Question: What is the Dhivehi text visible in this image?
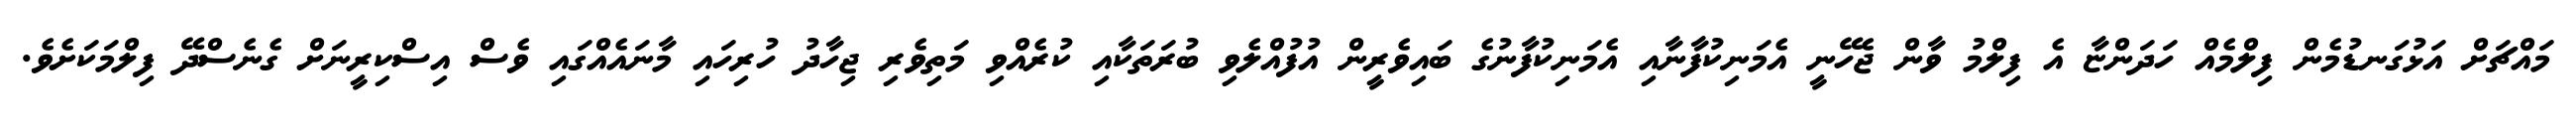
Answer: މައްޗަށް އަޅުގަނޑުމެން ފިލްމެއް ހަދަންޏާ އެ ފިލްމު ވާން ޖެހޭނީ އެމަނިކުފާނާއި އެމަނިކުފާނުގެ ބައިވެރީން އުފުއްލެވި ބުރަތަކާއި ކުރެއްވި މަތިވެރި ޖިހާދު ހުރިހައި މާނައެއްގައި ވެސް އިސްކިރީނަށް ގެނެސްދޭ ފިލްމަކަށެވެ.